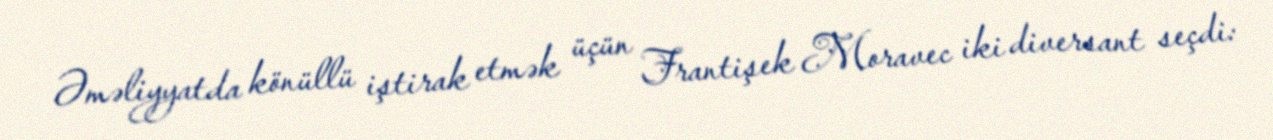
Əməliyyatda könüllü iştirak etmək üçün Frantişek Moravec iki diversant seçdi: